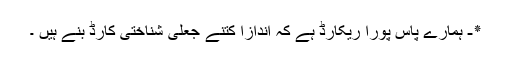
٭- ہمارے پاس پورا ریکارڈ ہے کہ اندازاً کتنے جعلی شناختی کارڈ بنے ہیں ۔